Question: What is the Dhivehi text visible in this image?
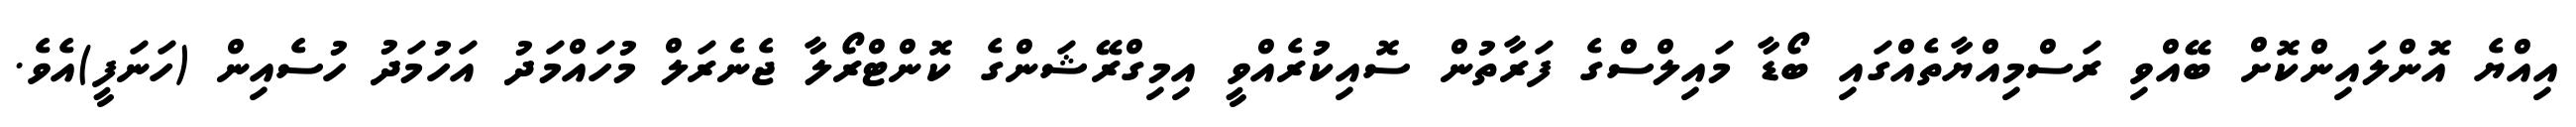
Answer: އިއްޔެ އޮންލައިންކޮށް ބޭއްވި ރަސްމިއްޔާތެއްގައި ބޯޑާ މައިލްސްގެ ފަރާތުން ސޮއިކުރެއްވީ އިމިގްރޭޝަންގެ ކޮންޓްރޯލާ ޖެނެރަލް މުހައްމަދު އަހުމަދު ހުސެއިން (ހަނަފީ)އެވެ.